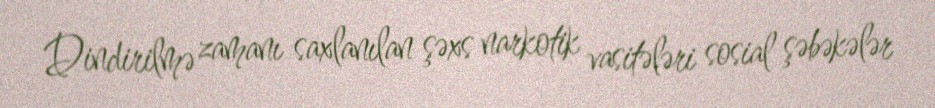
Dindirilmə zamanı saxlanılan şəxs narkotik vasitələri sosial şəbəkələr